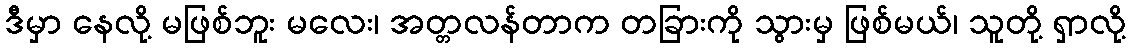
ဒီမှာ နေလို့ မဖြစ်ဘူး မလေး၊ အတ္တလန်တာက တခြားကို သွားမှ ဖြစ်မယ်၊ သူတို့ ရှာလို့